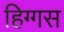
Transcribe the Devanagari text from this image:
हिग्गस